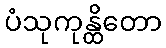
ပံသုကုန္ထိတော